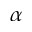
\alpha